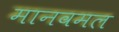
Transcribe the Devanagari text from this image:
मानवमल